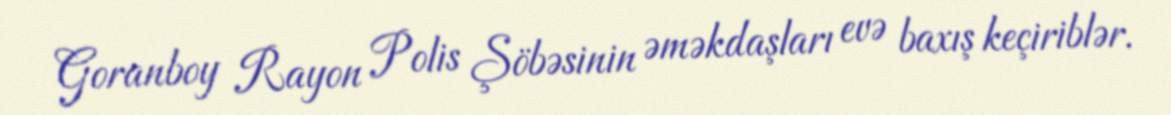
Goranboy Rayon Polis Şöbəsinin əməkdaşları evə baxış keçiriblər.